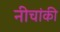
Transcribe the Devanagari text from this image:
नीचांकी